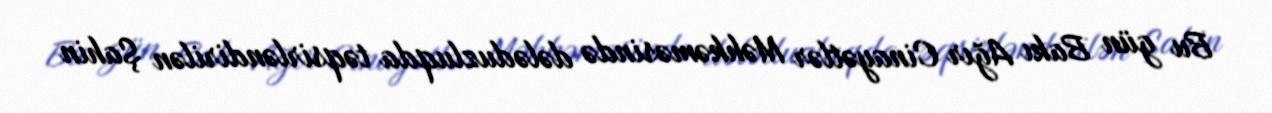
Bu gün Bakı Ağır Cinayətlər Məhkəməsində dələduzluqda təqsirləndirilən Şahin